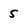
Character: 5